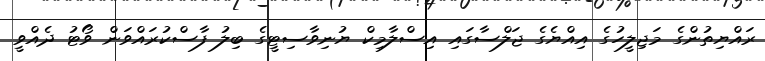
ރައްޔިތުންގެ މަޖިލީހުގެ އިއްޔެގެ ޖަލްސާގައި އިސްލާމިކް ޔުނިވާސިޓީގެ ބިލު ފާސްކުރައްވަން ވޯޓު ދެއްވީ